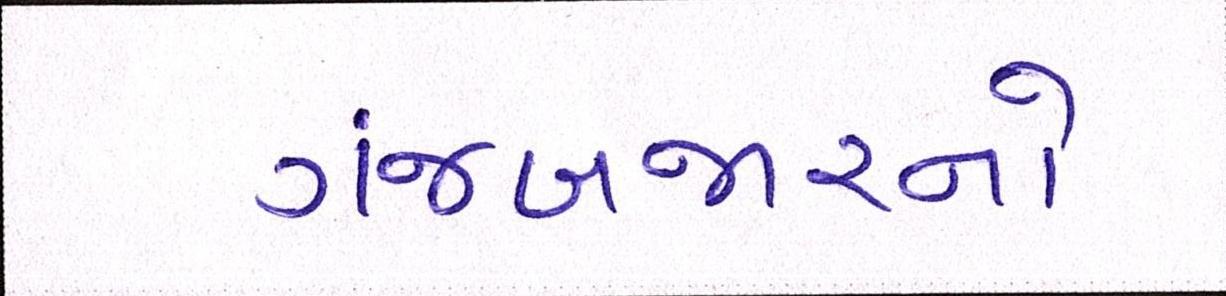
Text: ગંજબજારનો